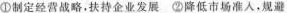
①制定经营战略，扶持企业发展②降低市场准入，规避